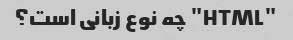
"HTML" چه نوع زبانی است؟